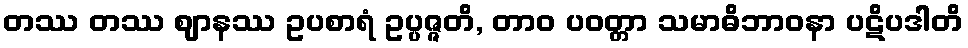
တဿ တဿ ဈာနဿ ဥပစာရံ ဥပ္ပဇ္ဇတိ, တာဝ ပဝတ္တာ သမာဓိဘာဝနာ ပဋိပဒါတိ